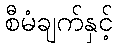
စီမံချက်နှင့်